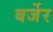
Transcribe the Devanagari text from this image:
बर्जेर